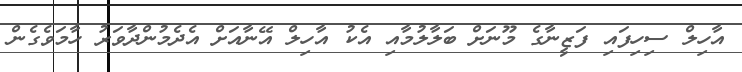
އާހިލް ސިހިފައި ފަޒީނާގެ މޫނަށް ބަލާލުމާއި އެކު އާހިލް އޭނާއަށް އެދެމުންދާވަރު ހާމަވެގެން